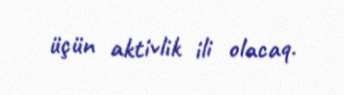
üçün aktivlik ili olacaq.